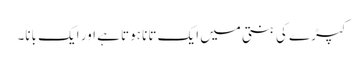
کپڑے کی بنتی میں ایک تانا ہوتا ہے اور ایک بانا۔